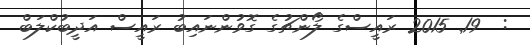
:  19